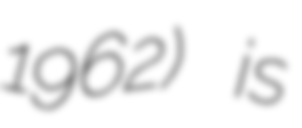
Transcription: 1962) is